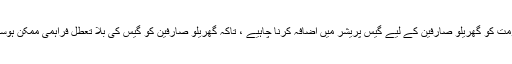
حکومت کو گھریلو صارفین کے لیے گیس پریشر میں اضافہ کرنا چاہیے ، تاکہ گھریلو صارفین کو گیس کی بلا تعطل فراہمی ممکن ہوسکے۔